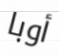
أوبا